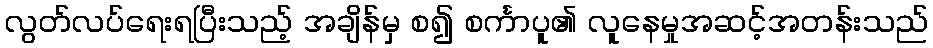
လွတ်လပ်ရေးရပြီးသည့် အချိန်မှ စ၍ စင်္ကာပူ၏ လူနေမှုအဆင့်အတန်းသည်